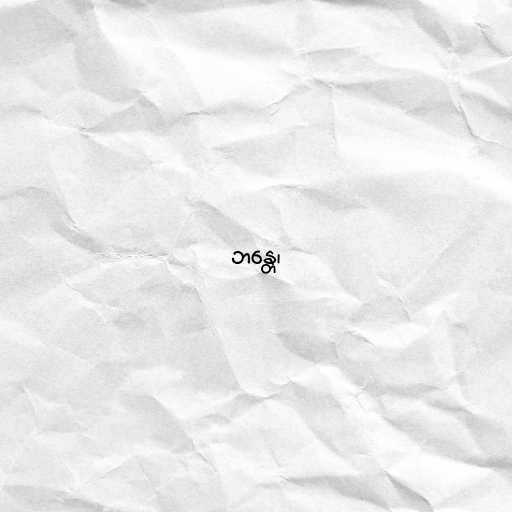
ဘန္တေ၊